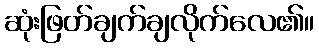
ဆုံးဖြတ်ချက်ချလိုက်လေ၏။